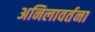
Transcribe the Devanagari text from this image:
अनिलावर्तना